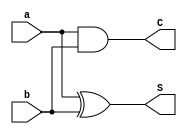
module half_adder_s(
    input a,
    input b, 
    output S,
    output C
);
    xor(S, a, b);
    and(C, a, b);
endmodule